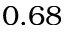
0 . 6 8